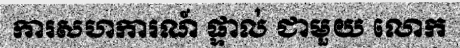
ការសហការណ៍ ផ្ទាល់ ជាមួយ លោក